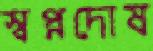
স্বপ্নদোষ